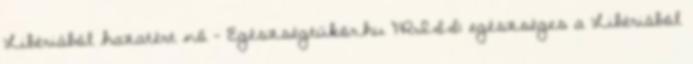
Libériából hazatért nő - Egészségtükör.hu FRISS: egészséges a Libériából